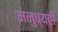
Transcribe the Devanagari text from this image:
मनुष्यही